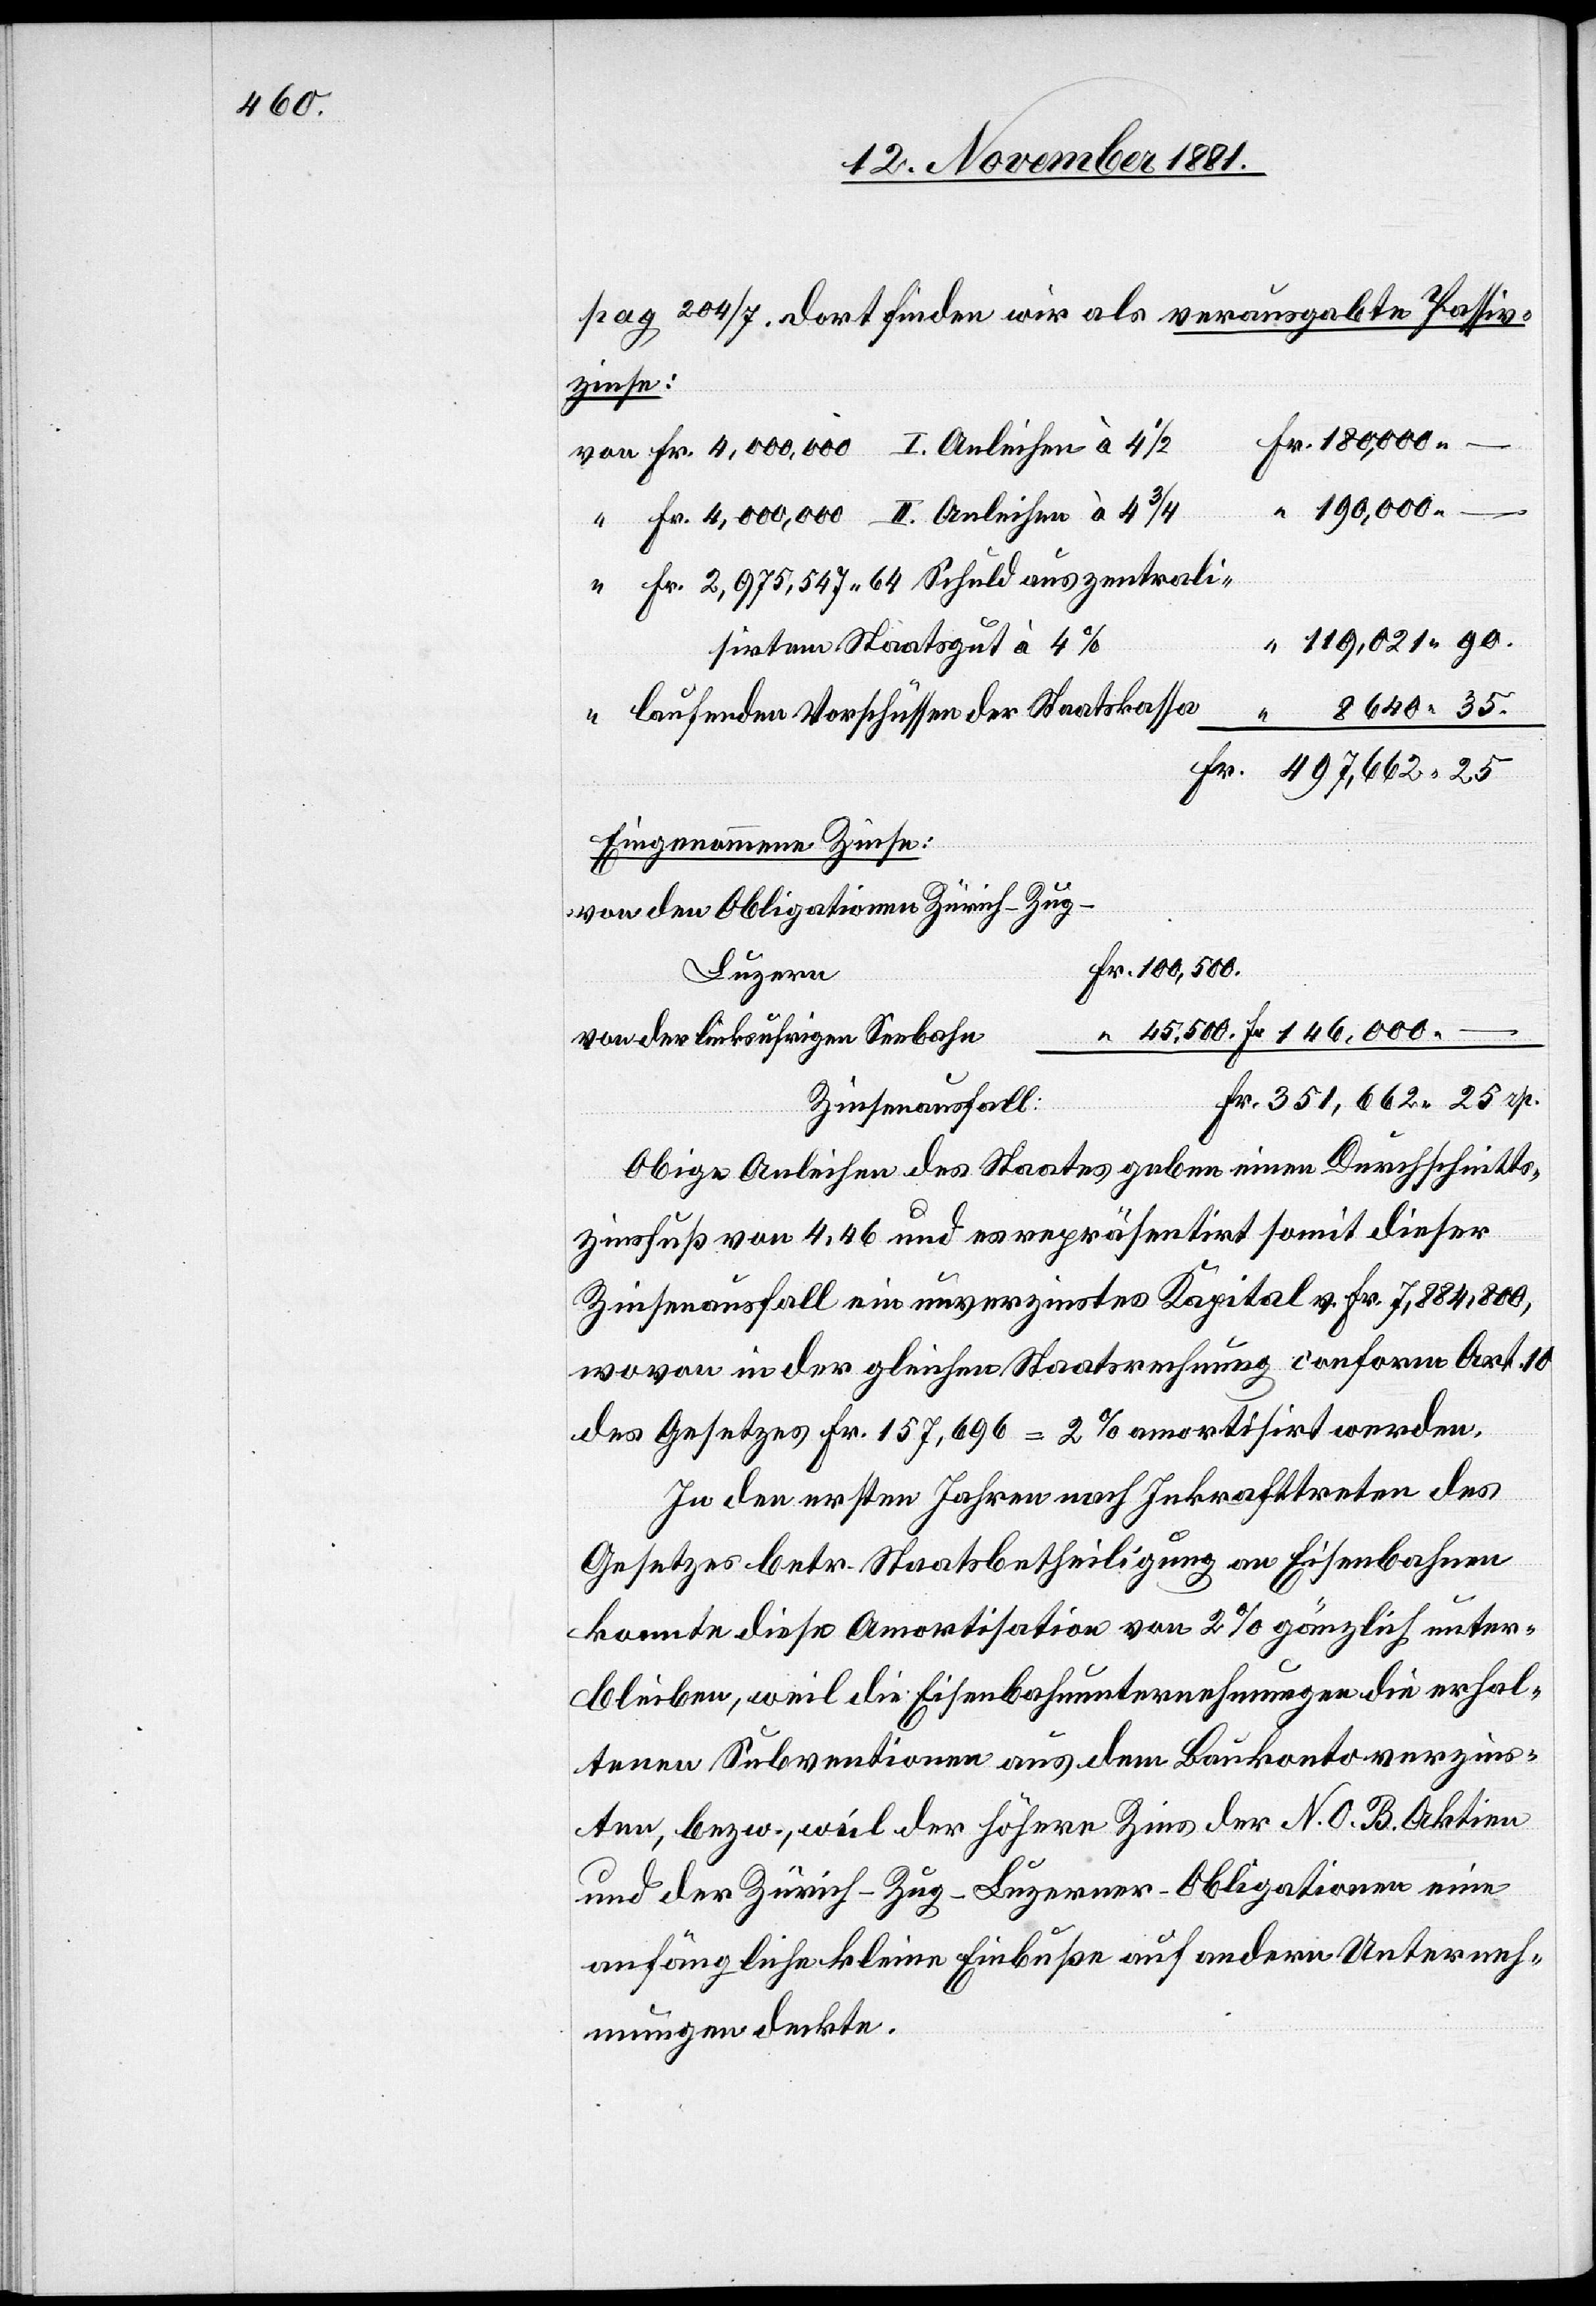
pag 204/7. Dort finden wir als verausgabte Passiv¬
zinse:
von Fr. 4,000,000 I. Anleihen à 4
“ 190,000 –
n				F¬
“ Fr. 4,000,000 II. Anleihen à 4
“ Fr. 2,975,547 64 Schuld aus zentrali¬
119,012 90.
sirtem Staatsgut à 4%
8640 35.
“ laufenden Vorschüssen der Staatskass¬
Fr.
351,662 25
Eingenommene Zinsen:
von den Obligationen Zürich–Zug–L¬
r. 100,500.
r. 45,500.	Fr. 146,000 –
von der linksufrigen Seebah¬
uzern				F¬
Obige Anleihen des Staates geben einen Durchschnitts¬
zinsfuß von 4,46 und es repräsentirt somit dieser
Zinsenausfall ein unverzinstes Kapital v. Fr. 7,884,800,
wovon in der gleichen Staatsrechnung conform Art. 10
des Gesetzes Fr. 157,696 = 2% amortisirt werden.
rp.
In den ersten Jahren nach Inkrafttreten des
Gesetztes betr. Staatsbetheiligung an Eisenbahnen
konnte diese Amortisation von 2% gänzlich unter¬
bleiben, weil die Eisenbahnunternehmungen die erhal¬
tenen Subventionen aus dem Baukonto verzins¬
ten, bezw., weil der höhere Zins der N. O. B. Aktien
und der Zürich–Zug–Luzerner-Obligationen eine
anfängliche kleine Einbuße auf andere Unterneh¬
mungen deckte.